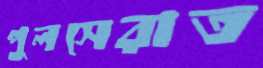
পুলসেরাত